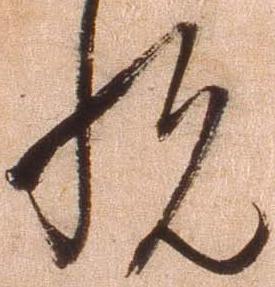
悦